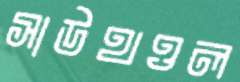
সাউথওল